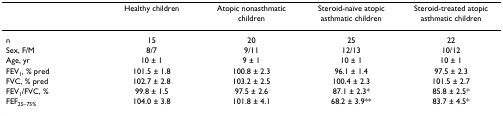
<table><thead><tr><td></td><td><b>Healthy children</b></td><td><b>Atopic nonasthmatic children</b></td><td><b>Steroid-naïve atopic asthmatic children</b></td><td><b>Steroid-treated atopic asthmatic children</b></td></tr></thead><tbody><tr><td>n</td><td>15</td><td>20</td><td>25</td><td>22</td></tr><tr><td>Sex, F/M</td><td>8/7</td><td>9/11</td><td>12/13</td><td>10/12</td></tr><tr><td>Age, yr</td><td>10 ± 1</td><td>9 ± 1</td><td>10 ± 1</td><td>10 ± 1</td></tr><tr><td>FEV<sub>1</sub>, % pred</td><td>101.5 ± 1.8</td><td>100.8 ± 2.3</td><td>96.1 ± 1.4</td><td>97.5 ± 2.3</td></tr><tr><td>FVC, % pred</td><td>102.7 ± 2.8</td><td>103.2 ± 2.5</td><td>100.4 ± 2.3</td><td>101.5 ± 2.7</td></tr><tr><td>FEV<sub>1</sub>/FVC, %</td><td>99.8 ± 1.5</td><td>97.5 ± 2.6</td><td>87.1 ± 2.3*</td><td>85.8 ± 2.5*</td></tr><tr><td>FEF<sub>25–75%</sub></td><td>104.0 ± 3.8</td><td>101.8 ± 4.1</td><td>68.2 ± 3.9**</td><td>83.7 ± 4.5*</td></tr></tbody></table>